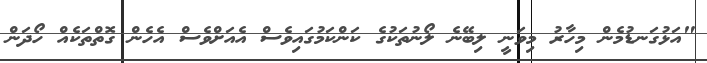
"އަޅުގަނޑުމެން މިހާރު މިވަނީ ލިބޭނެ ލޯނުތަކުގެ ކަންކަމުގައިވެސް އެއަށްވެސް އެހެން ގޮތްތަކެއް ހޯދަން